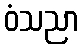
ဝံသညာ